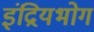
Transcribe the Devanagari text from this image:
इंद्रियभोग